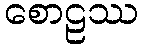
စောဠဿ